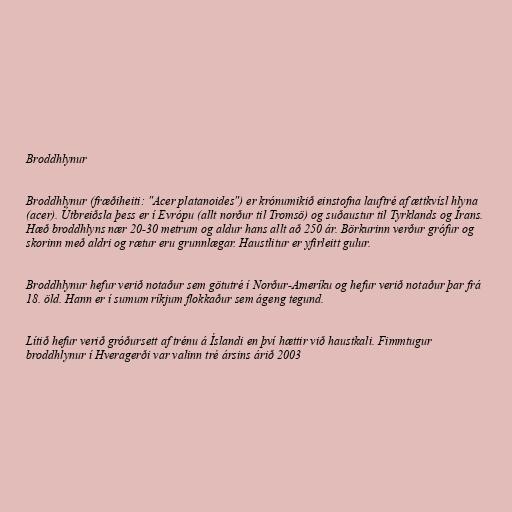
Broddhlynur

Broddhlynur (fræðiheiti: "Acer platanoides") er krónumikið einstofna lauftré af ættkvísl hlyna
(acer). Útbreiðsla þess er í Evrópu (allt norður til Tromsö) og suðaustur til Tyrklands og Írans.
Hæð broddhlyns nær 20-30 metrum og aldur hans allt að 250 ár. Börkurinn verður grófur og
skorinn með aldri og rætur eru grunnlægar. Haustlitur er yfirleitt gulur.

Broddhlynur hefur verið notaður sem götutré í Norður-Ameríku og hefur verið notaður þar frá
18. öld. Hann er í sumum ríkjum flokkaður sem ágeng tegund.

Lítið hefur verið gróðursett af trénu á Íslandi en því hættir við haustkali. Fimmtugur
broddhlynur í Hveragerði var valinn tré ársins árið 2003